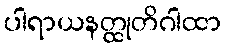
ပါရာယနတ္ထုတိဂါထာ